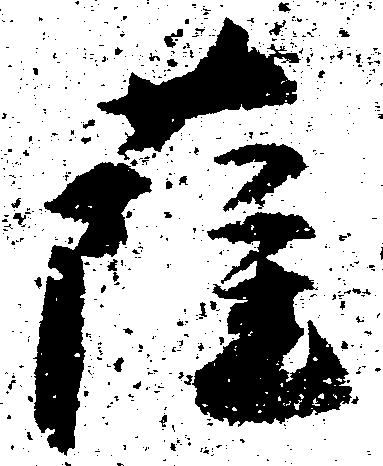
薩